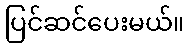
ပြင်ဆင်ပေးမယ်။